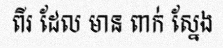
ពីរ ដែល មាន ពាក់ ស្នែង